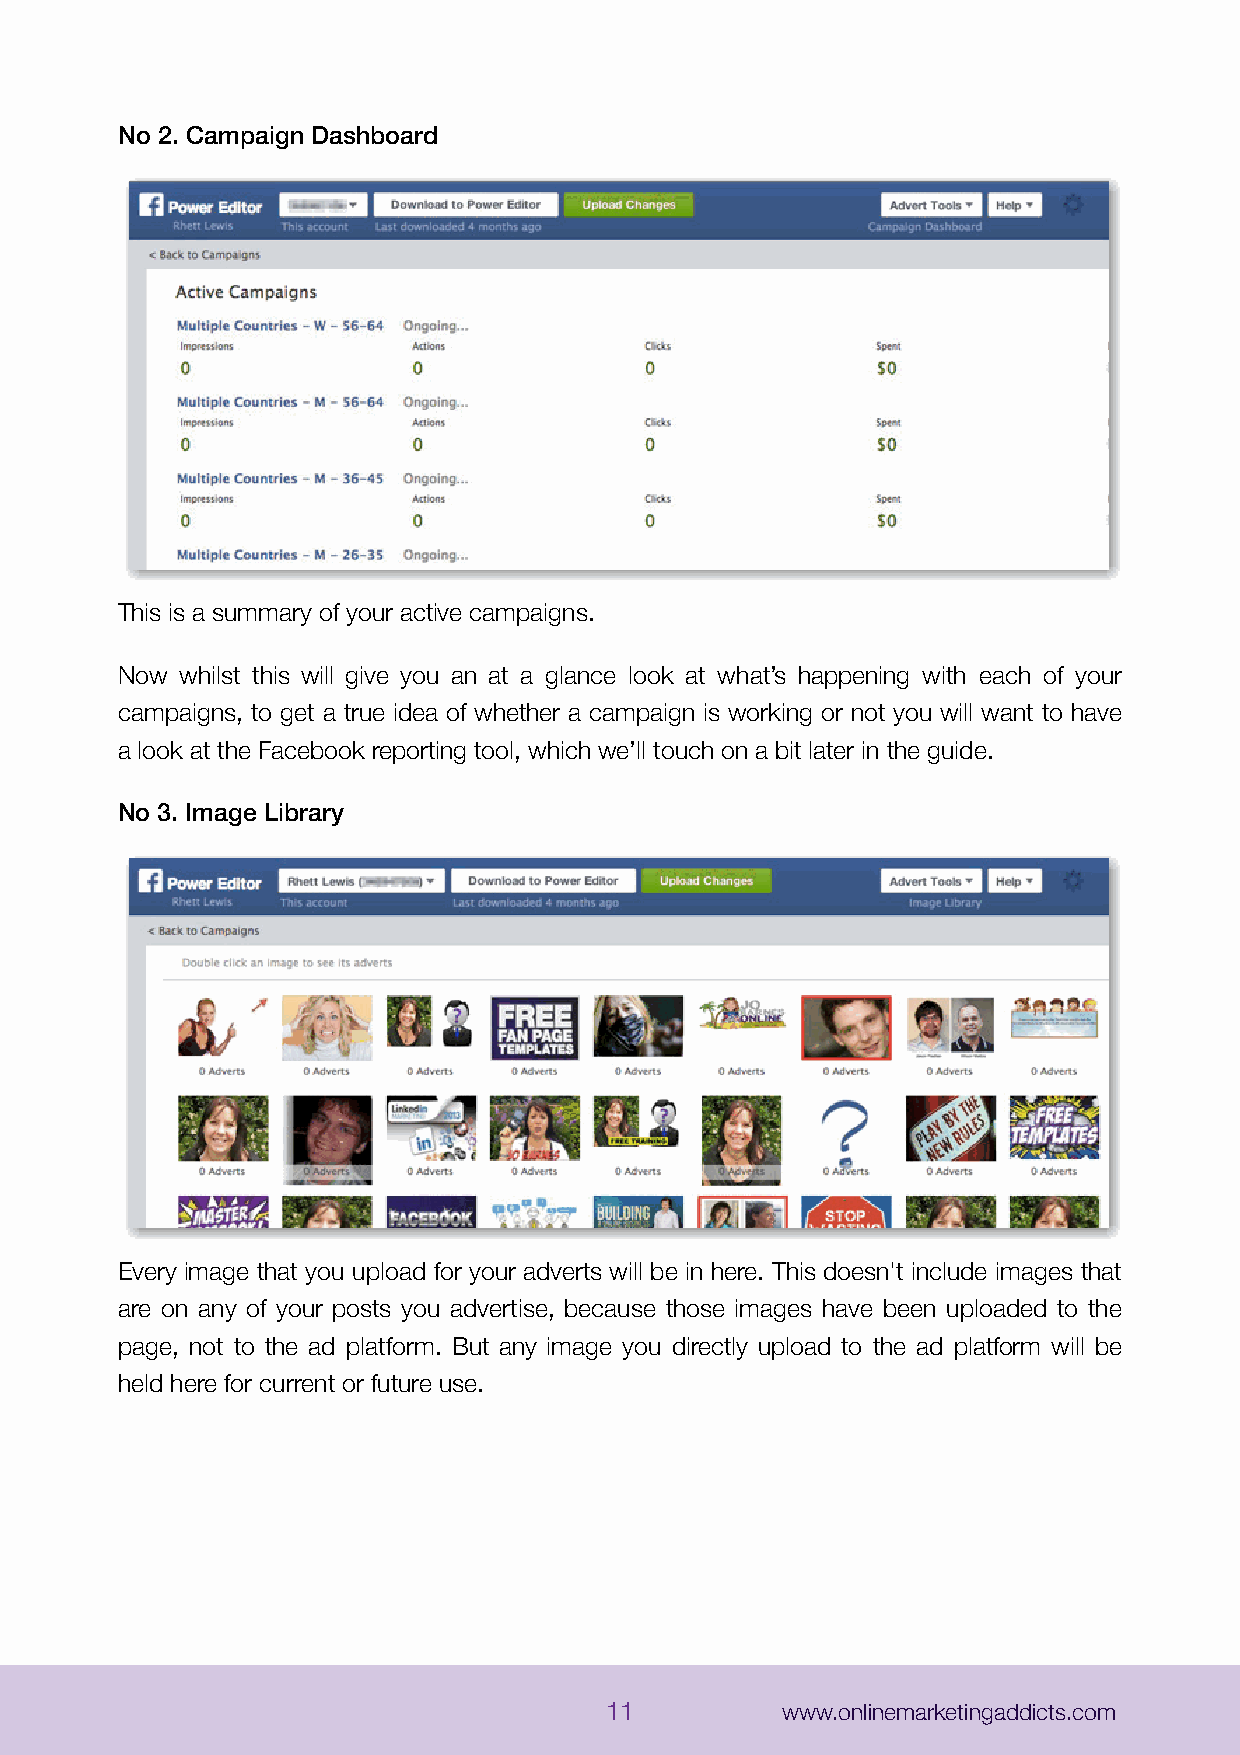
No 2. Campaign Dashboard
 This is a summary of your active campaigns.
 Now whilst this will give you an at a glance look at what’s happening with each of your
 campaigns, to get a true idea of whether a campaign is working or not you will want to have
 a look at the Facebook reporting tool, which we’ll touch on a bit later in the guide.
 No 3. Image Library
 Every image that you upload for your adverts will be in here. This doesn't include images that
 are on any of your posts you advertise, because those images have been uploaded to the
 page, not to the ad platform. But any image you directly upload to the ad platform will be
 held here for current or future use.
 11          www.onlinemarketingaddicts.com